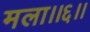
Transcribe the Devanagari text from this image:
मला।।६।।